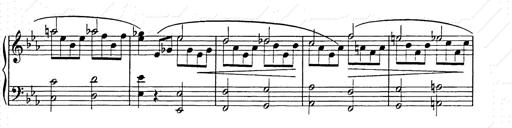
Title: Allegro di bravura
Composer: Carl Maria von Weber
Key: D major